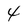
Character: 4